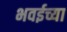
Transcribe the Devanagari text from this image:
भवईच्या